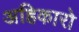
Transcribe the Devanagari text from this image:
अहिकारो